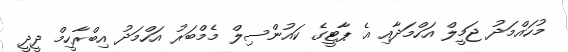
މުހައްމަދު ޖަމީލް އަހްމަދާއި އެ ޕާޓީގެ ކައުންސިލް މެމްބަރު އަހްމަދު އިބްރާހީމް ދީދީ